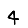
Digit: 4